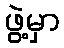
ဖွဲ့မှာ